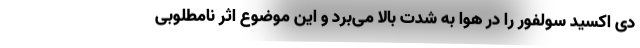
دی اکسید سولفور را در هوا به شدت بالا می‌برد و این موضوع اثر نامطلوبی